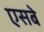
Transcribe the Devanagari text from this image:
एसबे